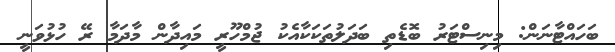
ބަަހައްޓާނަން: މިނިސްޓަރު ބޮޑެތި ބަދަލުތަކަކާއެކު ޖުމްހޫރީ މައިދާން މާދަމާ ރޭ ހުޅުވަނީ